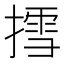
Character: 𢳬